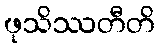
ဖုသိဿတီတိ